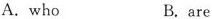
A.who B.are